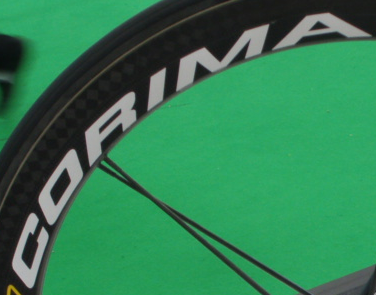
CORIMA